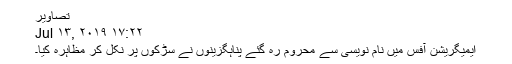
تصاویر
Jul ۱۳, ۲۰۱۹ ۱۷:۲۲
ایمیگریشن آفس میں نام نویسی سے محروم رہ گئے پناہگزینوں نے سڑکوں پر نکل کر مظاہرہ کیا۔